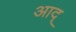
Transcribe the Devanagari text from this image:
आद्